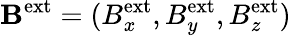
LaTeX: \mathbf{B}^{\mathrm{ext}}=(B_{x}^{\mathrm{ext}},B_{y}^{\mathrm{ext}},B_{z}^{\mathrm{ext}})